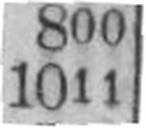
1011